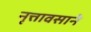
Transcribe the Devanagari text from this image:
नृत्तावसाने